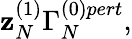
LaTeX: \mathbf{z}_{N}^{(1)}\Gamma_{N}^{(0)pert},